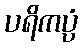
ပရိကပ္ပံ